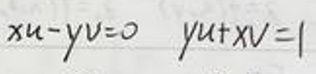
\[
xu - yv = 0 \quad yu + xv = 1
\]